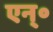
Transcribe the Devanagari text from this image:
एन्॰